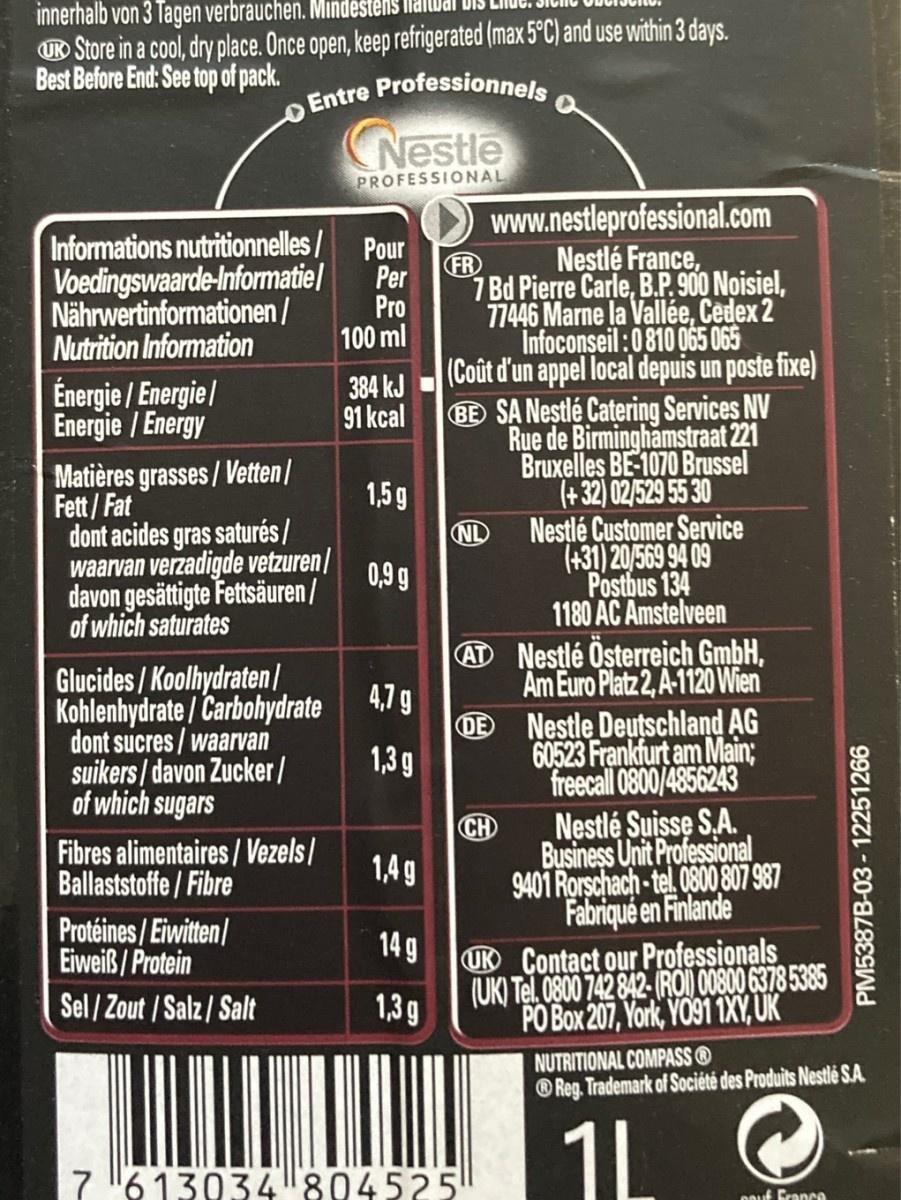
innerhalb von 3 Tagen verbrauchen. Mindėštens UR Store in a cool, dry place. Once open, keep refrigerated (max 5°C) and use within 3 days. Best Before End: See top of pack.
Entre Professionnels
Nestle
PROFESSIONAL
Informations nutritionnelles / Pour Per Voedingswaarde-Informatiel Pro
www.nestleprofessional.com Nestlé France,
FR 7 Bd Pierre Carle, B.P. 900 Noisiel, 77446 Marne la Vallée, Cedex 2 Infoconseil :0810 065 065 (Coût d'un appel local depuis un poste fixe) BE SA Nestlé Catering Services NV Rue de Birminghamstraat 221 Bruxelles BE-1070 Brussel (+32) 02/529 55 30 Nestlé Customer Service (+31) 20/569 94 09
Nährwertinformationen / Nutrition Information
100 ml
Énergie / Energie| Energie / Energy
384 kJ 91 kcal
Matières grasses / Vetten| Fett/ Fat dont acides gras saturés / waarvan verzadigde vetzuren| davon gesättigte Fettsäuren / of which saturates
1,5 g
NL
0,9 g
Postbus 134
1180 AC Amstelveen
Glucides / Koolhydraten Kohlenhydrate / Carbohydrate dont sucres / waarvan suikers / davon Zucker/ of which sugars
AD Nestlé Österreich GmbH, Am Euro Platz 2, A-1120 Wien OE Nestle Deutschland AG 60523 Frankfurt am Main; freecall 0800/4856243 CH
4,1 9
1,3 g
Fibres alimentaires/ Vezels| Ballaststoffe/ Fibre
Nestlé Suisse S,A. Business Unit Professional 9401 Rorschach-tel 0800,807 987
1,4 g
Fabriqué en Finlande
Protéines/Eiwitten/ Eiweiß / Protein
14g
UR Contact our Professionals
(UK) Tel. 0800 742 842- (ROI 00800 6378 5385 1,39 PO Box 207, York, YO91 1XY, UK
Sel / Zout / Salz/ Salt
NUTRITIONAL COMPASS® ® Reg. Trademark of Société des Produits Nestlé S.A.
1L
7 6 13034804525!
oouf Cranco
PM5387B-03 - 12251266